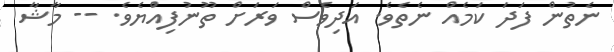
ނެތުން ފަދަ ކަމެއް ނެތެވެ. އަދިވެސް ވަރަށް ތޫނުފިއްުޔެވެ. -- މާޝާ